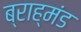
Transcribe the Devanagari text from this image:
ब्राह्मंड